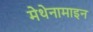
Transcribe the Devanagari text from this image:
मेथेनामाइन